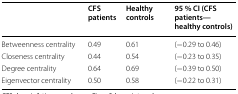
<table><thead><tr><td></td><td><b>CFS patients</b></td><td><b>Healthy controls</b></td><td><b>95 % CI (CFS patients—healthy controls)</b></td></tr></thead><tbody><tr><td>Betweenness centrality</td><td>0.49</td><td>0.61</td><td>(−0.29 to 0.46)</td></tr><tr><td>Closeness centrality</td><td>0.44</td><td>0.54</td><td>(−0.23 to 0.35)</td></tr><tr><td>Degree centrality</td><td>0.64</td><td>0.69</td><td>(−0.39 to 0.50)</td></tr><tr><td>Eigenvector centrality</td><td>0.50</td><td>0.58</td><td>(−0.22 to 0.31)</td></tr></tbody></table>